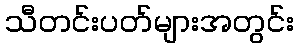
သီတင်းပတ်များအတွင်း